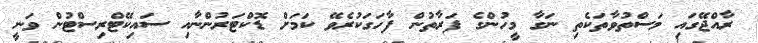
ރާއްޖޭގައި މަސްތުވާތަކެތި ނަގާ މީހުންގެ ފަރާތުން ފާހަގަކުރެވޭ ކަމަށް ޑޮކްޓަރުންނާއި ސައިކޭޓްރިސްޓުން ވަނީ